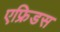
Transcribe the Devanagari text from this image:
एफ्रिडस